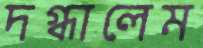
দগ্ধালেম